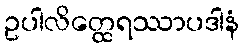
ဥပါလိတ္ထေရဿာပဒါနံ